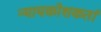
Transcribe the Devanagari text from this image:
न्यायकोशकर्ता